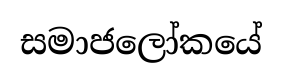
සමාජලෝකයේ